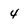
Character: 4